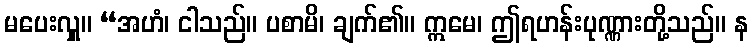
မပေးလှူ။ “အဟံ၊ ငါသည်။ ပစာမိ၊ ချက်၏။ ဣမေ၊ ဤရဟန်းပုဏ္ဏားတို့သည်။ န